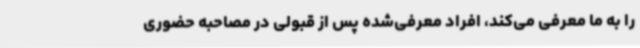
را به ما معرفی می‌کند، افراد معرفی‌شده پس از قبولی در مصاحبه حضوری